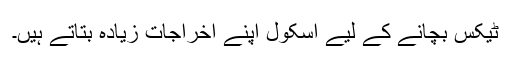
ٹیکس بچانے کے لیے اسکول اپنے اخراجات زیادہ بتاتے ہیں۔